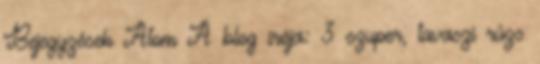
Bejegyzések Atom A blog írója: 3 szuper, tavaszi rúzs